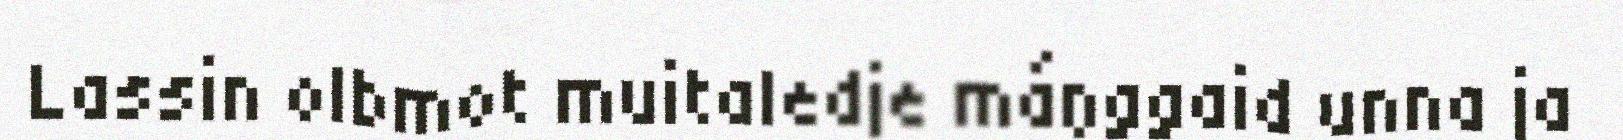
Lassin olbmot muitaledje máŋggaid unna ja